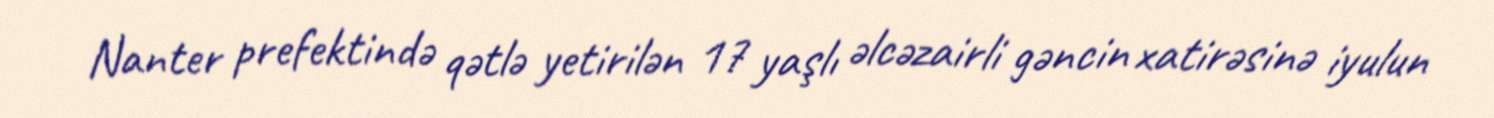
Nanter prefektində qətlə yetirilən 17 yaşlı əlcəzairli gəncin xatirəsinə iyulun